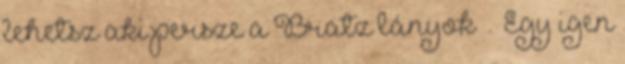
lehetsz aki persze a Bratz lányok . Egy igen